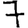
Digit: 7